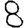
Digit: 8